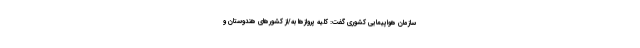
سازمان هواپیمایی کشوری گفت: کلیه پروازها به/از کشورهای هندوستان و